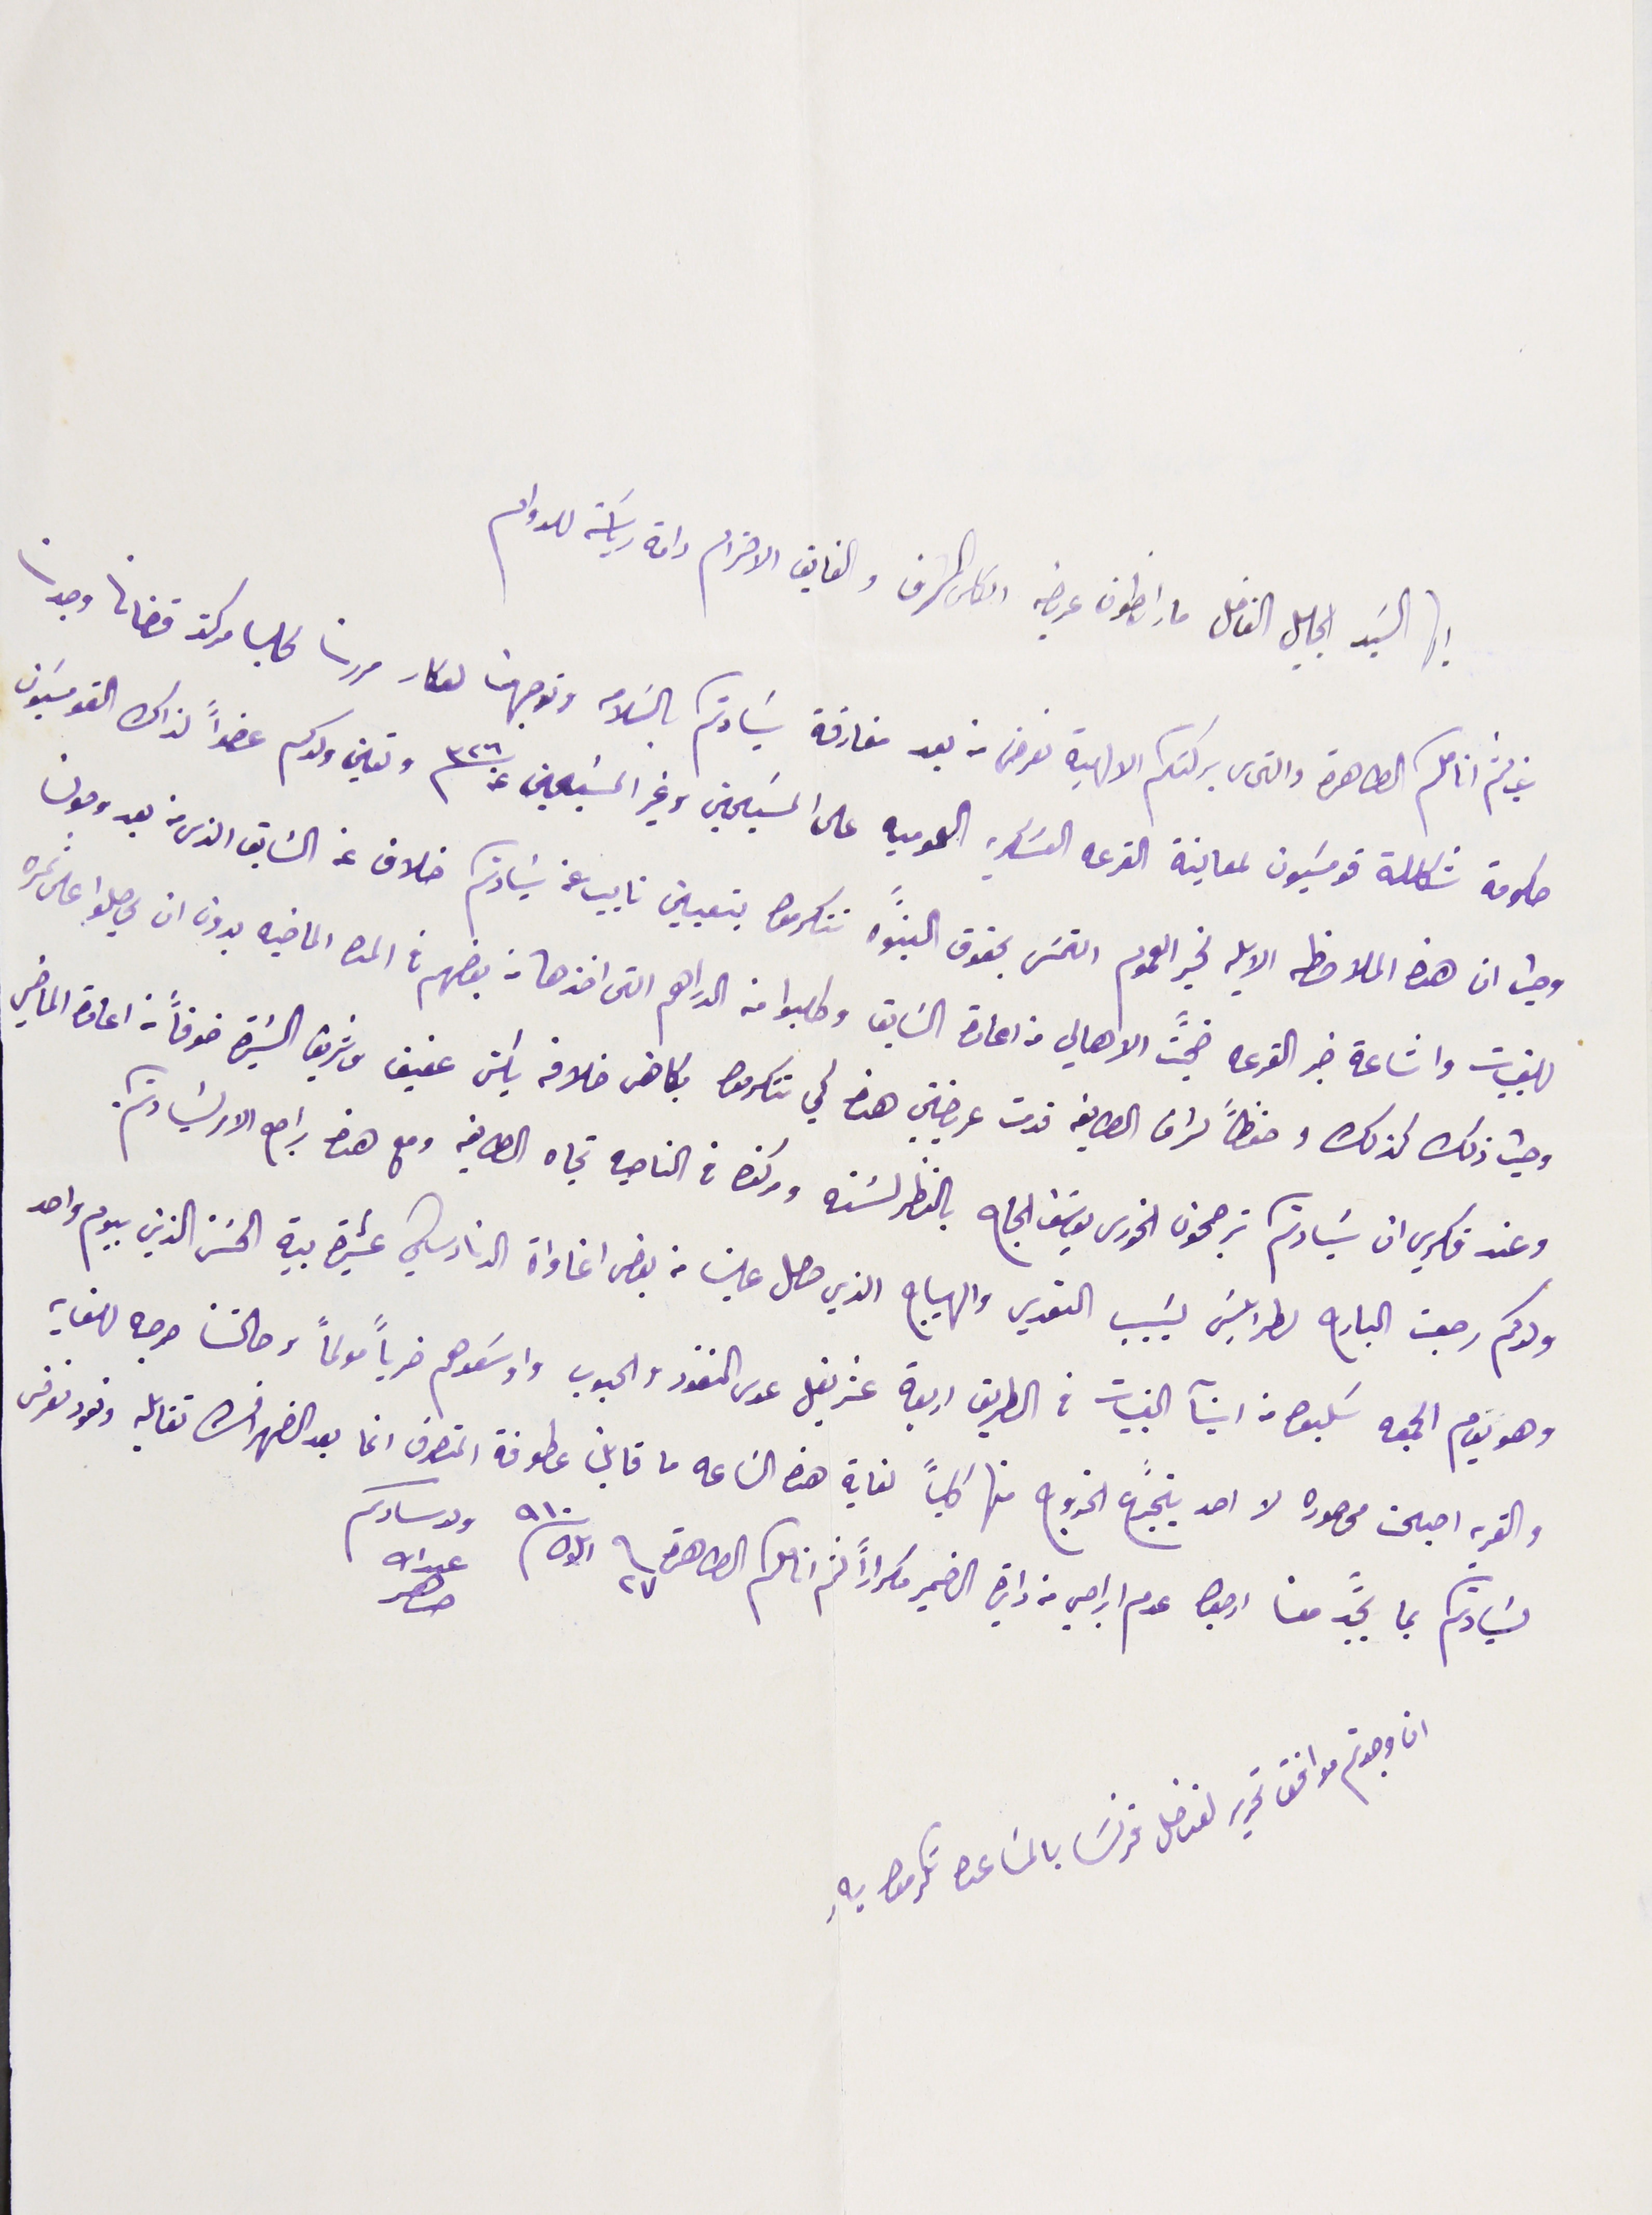
أيها السَيد الجليل الفاضل مار انطون عربضه الكلى الشرف والفايق الاحترام دامة رياسَتة للدوام
غب لثم انامكم الطاهرة والتماس بركتكم الالهية نعرض من بعد مفارقة سَيادتكم بالسَلامه توجهت لعكار مررنا لحلبا مركز قضانا وجدت
حكومة شكلة قومسَيون لمعاينة القرعه العسَكريه العموميه على المسَيحين وغير المسَيحين عن سنه ٣٢٦ وتعين ولدكم عضواً لذاك القومسَيون
وحيث ان هذه الملاحظه الايله لخير العموم التمسَ بحقوق البنوه تتكرموا بتعيين نايب عن سَيادتكم خلاف عن السَابق الذى من بعد وصولنا
للقبيات واشاعة خبر القرعه ضجًت الاهالي من اعادة السَابق وطلبوا منه الدراهم التى اخذها من بعضهم في المده الماضيه بدون ان يحصلوا على ثمره
وحيث ذلك كذلك وحفظاً لشرف الطايفة قدمت عريضتي هذه كي تتكرموا بكاهن خلافه يكن عفيف وشريف السَيرة خوفاً من اعادة الماضي
وعند فكري ان سَيادتكم ترجحون الخورى يوسَف الحاج بالنظر لسَنه ومركزه في الناحيه تجاه الطايفه ومع هذا راجع الامر لسيادتكم.
ولدكم رجعت البارح لطرابلسَ بسَبب التعدي والهياج الذي حصل علينا من بعض اغاواة الدنادشي عشيرة بية الحسَن الذين بيوم واحد
وهو يوم الجمعه سَلبوا من ابنآ القبيات فى الطريق اربعة عشر بغل عدى النقود والحبوب واوسَعوهم ضرباً مولماً وحالتنا حرجه للغاية
والقريه اصبحت محصوره لا احد يتجرع الخروج منها كلياً لغاية هذه السَاعه ما قابل عطوفة المتصرف انما بعد الضهر انشالله تقابله ونعود نعرض
عبدالله ضاهر
لسَيادتكم بما يجدً معنا ارجوا عدم ابراحي من دايرة الضمير مكراراً لثم انامكم الطاهرة  فى ٢٧ ايلول ١٩١٠             ولد سادكم
ان وجدتم موافق تحرير لقنصل فرنسَا بالمسَاعدة تكرموا بهِ